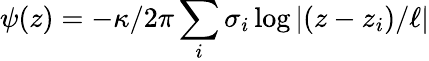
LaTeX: \psi(z)=-\kappa/2\pi\sum_{i}\sigma_{i}\log\left|(z-z_{i})/\ell\right|